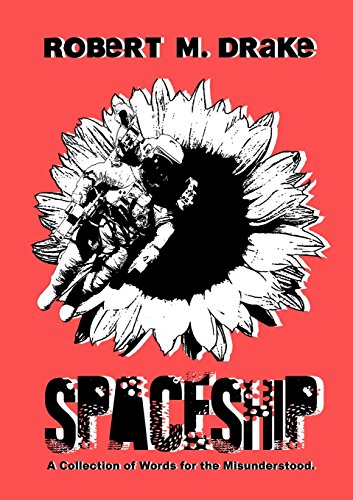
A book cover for Spaceship: A collection of quotes for the misunderstood.; Robert M. Drake; Literature & Fiction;